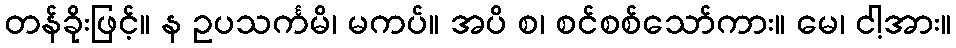
တန်ခိုးဖြင့်။ န ဥပသင်္ကမိ၊ မကပ်။ အပိ စ၊ စင်စစ်သော်ကား။ မေ၊ ငါ့အား။